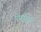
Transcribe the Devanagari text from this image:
पेनड्रैगन